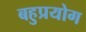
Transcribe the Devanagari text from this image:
बहुप्रयोग